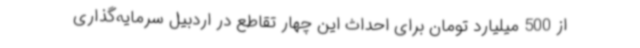
از 500 میلیارد تومان برای احداث این چهار تقاطع در اردبیل سرمایه‌گذاری